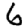
Digit: 6